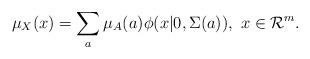
LaTeX: \begin{align*}\mu_{X}(x)=\sum_{a}\mu_{A}(a)\phi(x|0,\Sigma(a)),\ x\in\mathcal{R}^{m}.\end{align*}